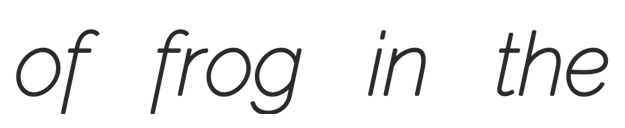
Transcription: of frog in the